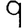
Digit: 9